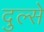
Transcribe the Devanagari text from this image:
दुल्से